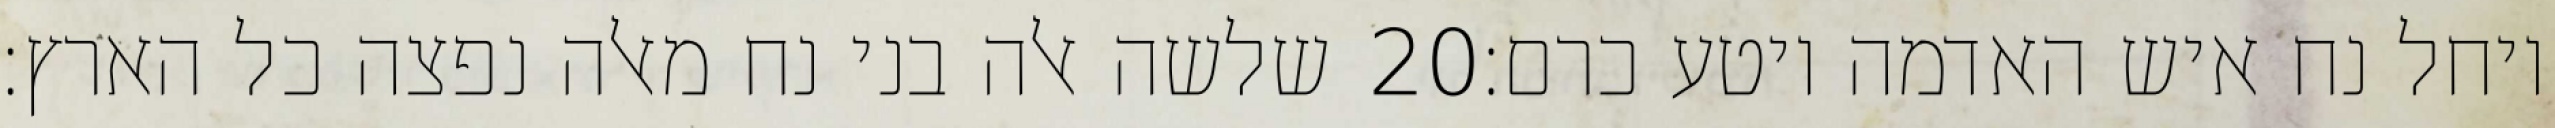
שלשה אלה בני נח מאלה נפצה כל הארץ׃ ‎20‏ ויחל נח איש האדמה ויטע כרם׃